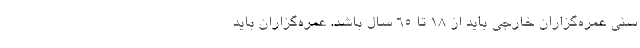
سنی عمره‌گزاران خارجی باید از ۱۸ تا ۶۵ سال باشد. عمره‌گزاران باید